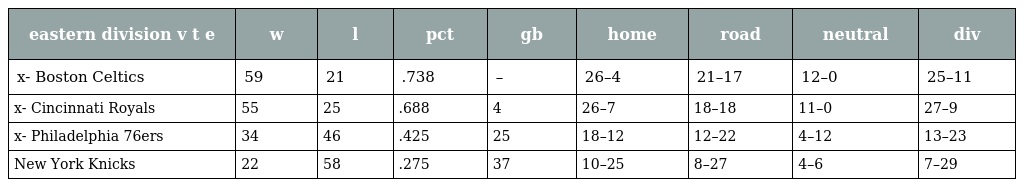
| eastern division v t e | w | l | pct | gb | home | road | neutral | div |
 | --- | --- | --- | --- | --- | --- | --- | --- | --- |
 | x- Boston Celtics | 59 | 21 | .738 | – | 26–4 | 21–17 | 12–0 | 25–11 |
 | x- Cincinnati Royals | 55 | 25 | .688 | 4 | 26–7 | 18–18 | 11–0 | 27–9 |
 | x- Philadelphia 76ers | 34 | 46 | .425 | 25 | 18–12 | 12–22 | 4–12 | 13–23 |
 | New York Knicks | 22 | 58 | .275 | 37 | 10–25 | 8–27 | 4–6 | 7–29 |